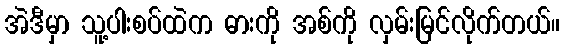
အဲဒီမှာ သူ့ပါးစပ်ထဲက ဓားကို အစ်ကို လှမ်းမြင်လိုက်တယ်။